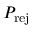
P _ { \mathrm { r e j } }